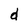
Character: d